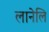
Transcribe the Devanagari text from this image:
लानेलि